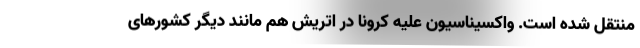
منتقل شده است. واکسیناسیون علیه کرونا در اتریش هم مانند دیگر کشورهای